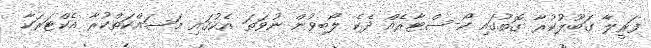
ފަރީލާ ގަބޫލުކުރާ ގޮތުގައި ކޯ-ސްޓާރެއް ދެކެ ލޯބިވުން ނުވަތަ އެކުގައި މަސައްކަތްކުރާ އެކްޓަރަކާ